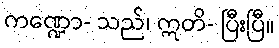
ကဏ္ဍော- သည်၊ ဣတိ- ပြီးပြီ။